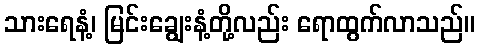
သားရေနံ့၊ မြင်းချွေးနံ့တို့လည်း ရောထွက်လာသည်။